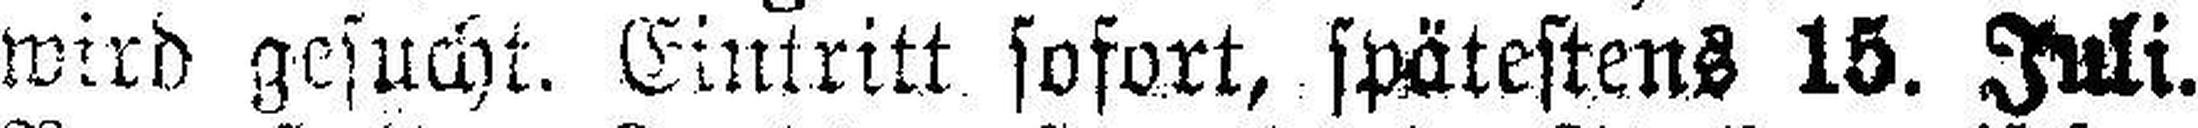
wird gesucht. Eintritt sofort, spätestens 15. Juli.